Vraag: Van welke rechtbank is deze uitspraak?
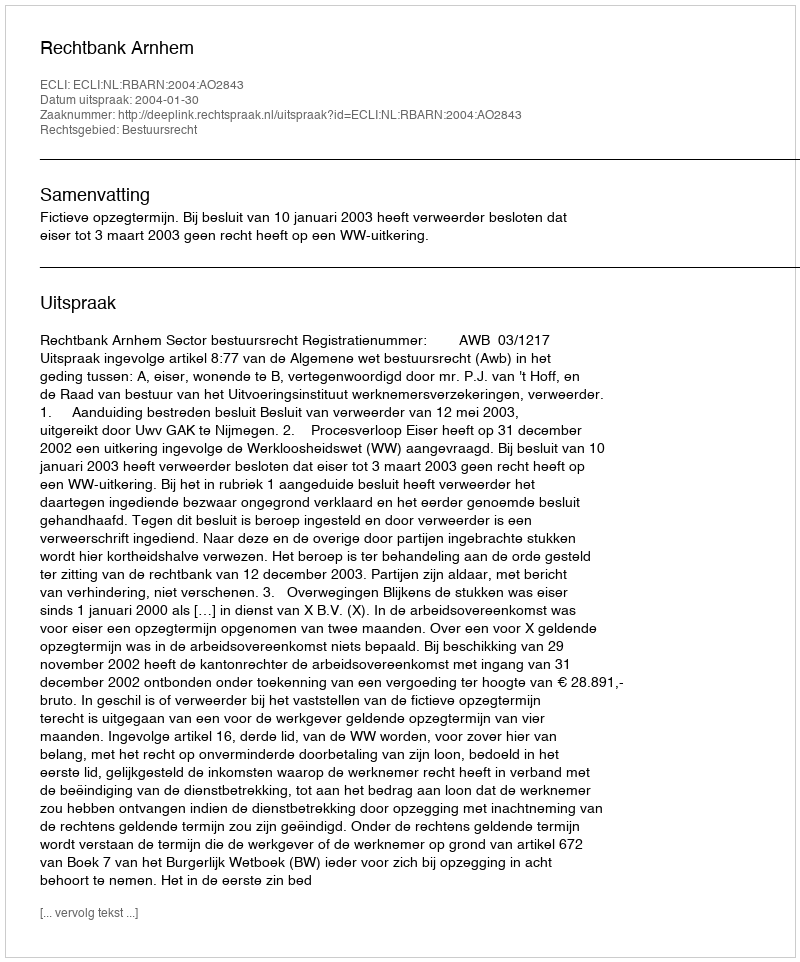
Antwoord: Rechtbank Arnhem